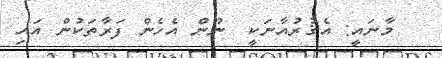
މާނައީ: އެޤުރުއާނަކީ  ނޫން އެހެން ފަރާތަކުން އައި